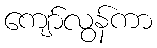
ကျော်လွန်ကာ